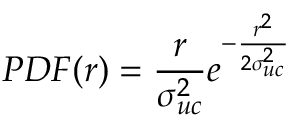
P D F ( r ) = \frac { r } { \sigma _ { u c } ^ { 2 } } e ^ { - \frac { r ^ { 2 } } { 2 \sigma _ { u c } ^ { 2 } } }